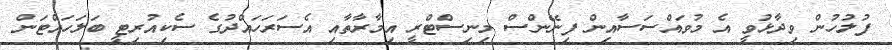
ފުލުހުން ވިދާޅުވީ އެ މުވައްސަސާއިން ފިނޭންސް މިނިސްޓްރީ އިމާރާތާއި އެސަރަހައްދުގެ ސެކިއުރިޓީ ބަލަހައްޓަން